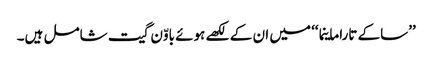
’’ساکے تاراماینما‘‘ میں ان کے لکھے ہوئے باوّن گیت شامل ہیں۔